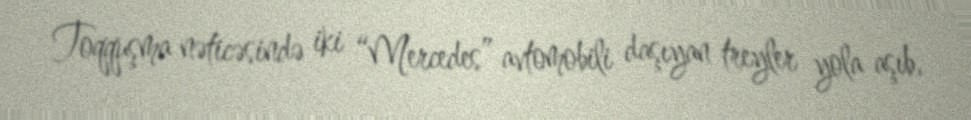
Toqquşma nəticəsində iki “Mercedes” avtomobili daşıyan treyler yola aşıb,